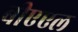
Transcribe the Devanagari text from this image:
बीएएल